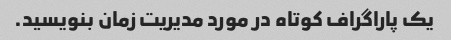
یک پاراگراف کوتاه در مورد مدیریت زمان بنویسید.